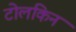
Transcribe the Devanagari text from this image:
टोलकिन